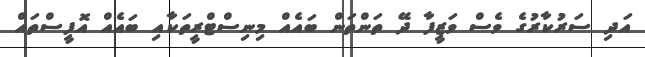
އަދި ސަރުކާރުގެ ވެސް ވަޒީފާ ދޭ ތަންތަން ބައެއް މިނިސްޓްރީތަކާއި ބައެއް އޮފީސްތައް